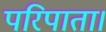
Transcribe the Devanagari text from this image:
परिपाता।